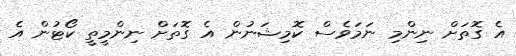
އެ ގޮތަށް ނިންމި ނަމަވެސް ކޮމިޝަނުން އެ ގޮތަށް ނިންމީތީ ކޯޓުން އެ